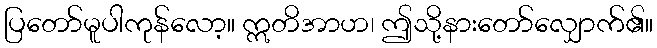
ပြတော်မူပါကုန်လော့။ ဣတိအာဟ၊ ဤသို့နားတော်လျှောက်၏။